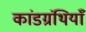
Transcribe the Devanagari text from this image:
कांडग्रंथियाँ